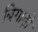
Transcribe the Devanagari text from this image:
बिगाड़ी